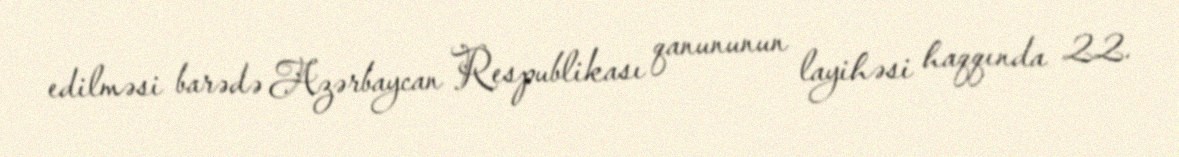
edilməsi barədə Azərbaycan Respublikası qanununun layihəsi haqqında 22.